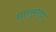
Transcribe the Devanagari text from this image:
झारसुगडा